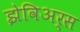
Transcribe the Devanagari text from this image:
झेविअर्स